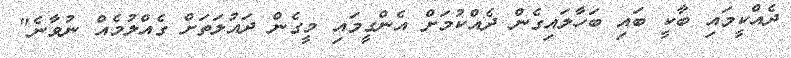
ދެއްކީމައި ބާކީ ބައި ބަހާލައިގެން ދެއްކުމަށް އެންގީމައި މީގެން ދައުލަތަށް ގެއްލުމެއް ނުވާނެ"